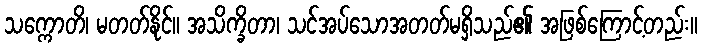
သက္ကောတိ၊ မတတ်နိုင်။ အသိက္ခိတာ၊ သင်အပ်သောအတတ်မရှိသည်၏ အဖြစ်ကြောင့်တည်း။